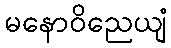
မနောဝိညေယျံ